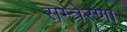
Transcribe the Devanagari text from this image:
सम्त्रेरणा